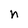
Character: n